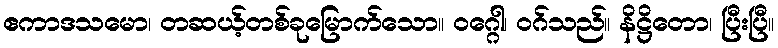
ဧကာဒသမော၊ တဆယ့်တစ်ခုမြောက်သော။ ဝဂ္ဂေါ၊ ဝဂ်သည်။ နိဋ္ဌိတော၊ ပြီးပြီ။